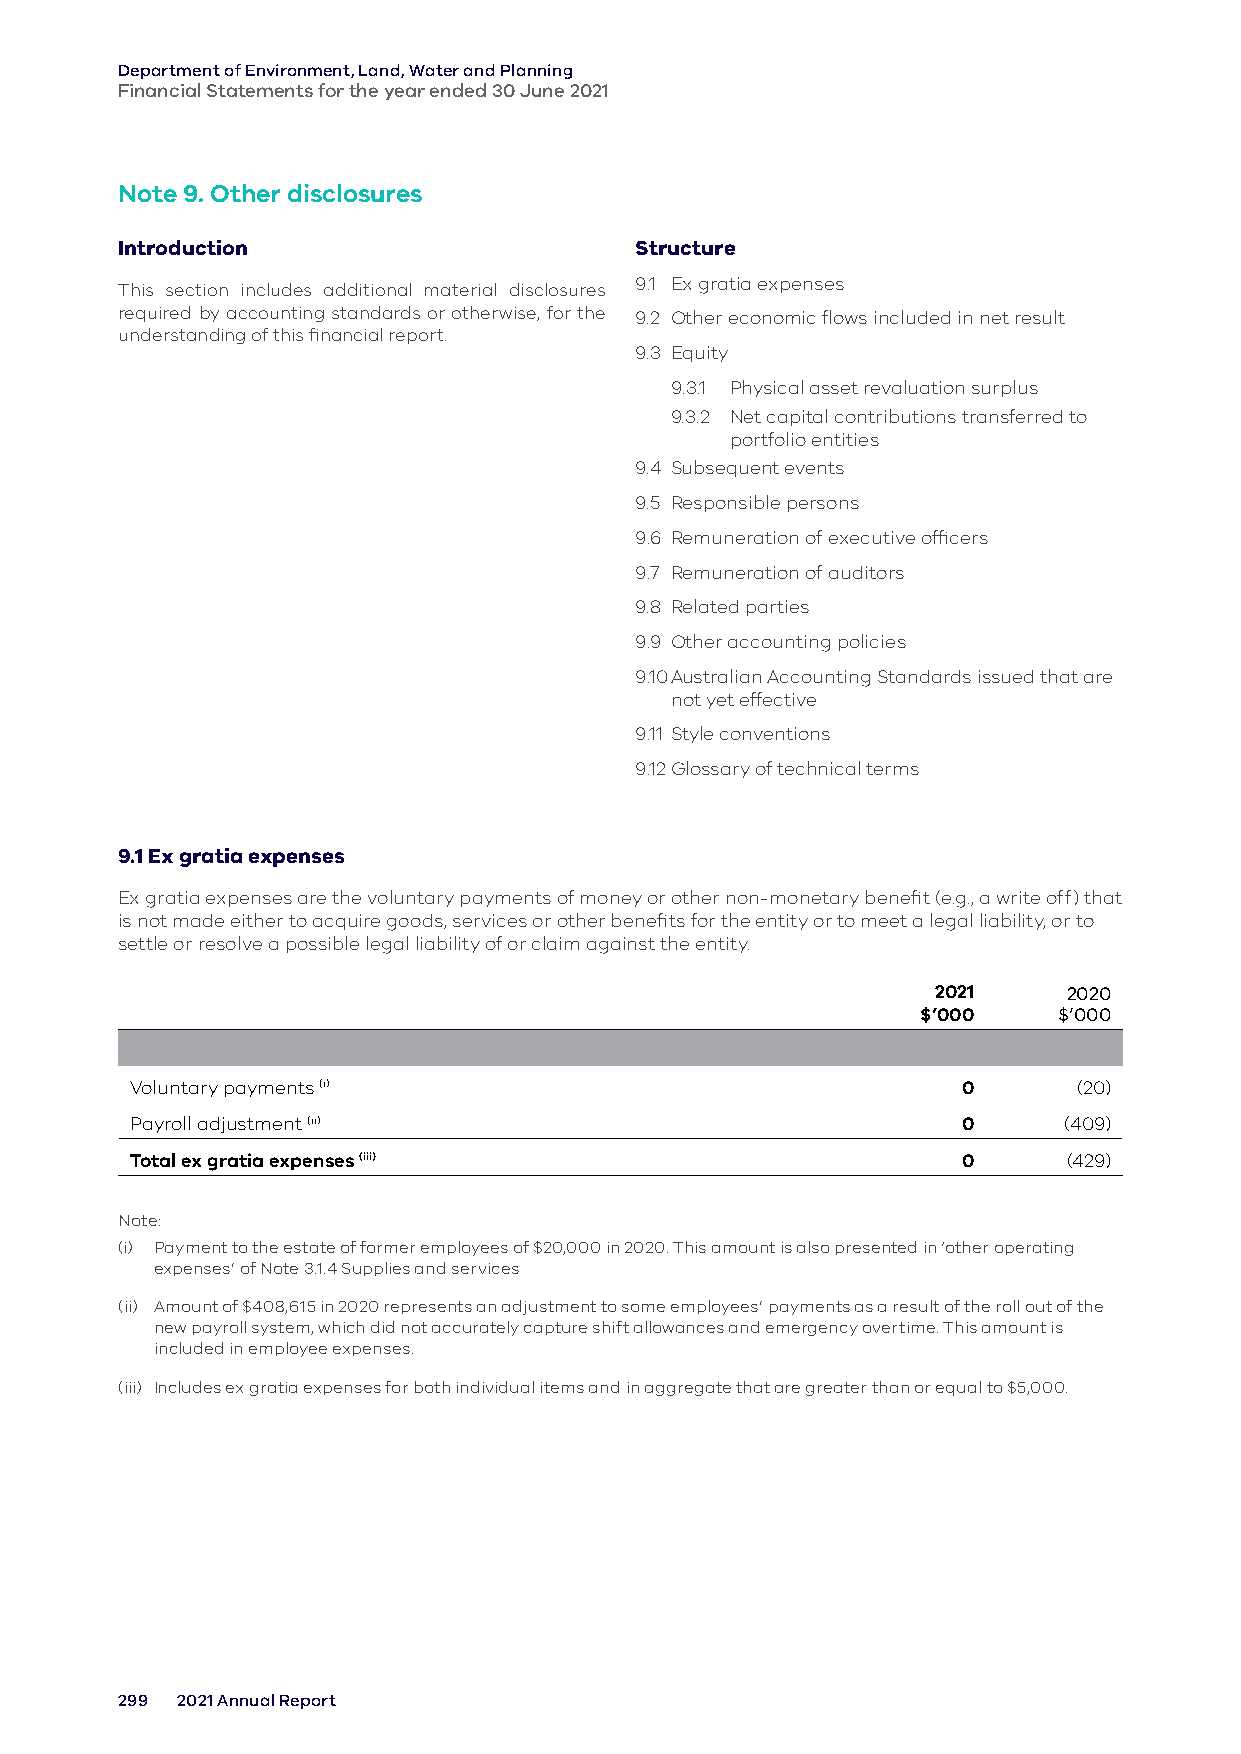
Department of Environment, Land, Water and Planning
 Financial Statements for the year ended 30 June 2021
 Note 9. Other disclosures
 Introduction                      Structure
 9.1 Ex gratia expenses
 This section includes additional material disclosures
 required by accounting standards or otherwise, for the 9.2 Other economic flows included in net result
 understanding of this financial report.
 9.3 Equity
 9.3.1 Physical asset revaluation surplus
 9.3.2 Net capital contributions transferred to
 portfolio entities
 9.4 Subsequent events
 9.5 Responsible persons
 9.6 Remuneration of executive officers
 9.7 Remuneration of auditors
 9.8 Related parties
 9.9 Other accounting policies
 9.10 Australian Accounting Standards issued that are
 not yet effective
 9.11 Style conventions
 9.12 Glossary of technical terms
 9.1 Ex gratia expenses
 Ex gratia expenses are the voluntary payments of money or other non-monetary benefit (e.g., a write off) that
 is not made either to acquire goods, services or other benefits for the entity or to meet a legal liability, or to
 settle or resolve a possible legal liability of or claim against the entity.
 2021     2020
 $’000    $’000
 Voluntary payments (i)                                 0      (20)
 Payroll adjustment (ii)                                0     (409)
 Total ex gratia expenses (iii)                         0      (429)
 Note:
 (i) Payment to the estate of former employees of $20,000 in 2020. This amount is also presented in ‘other operating
 expenses’ of Note 3.1.4 Supplies and services
 (ii) Amount of $408,615 in 2020 represents an adjustment to some employees’ payments as a result of the roll out of the
 new payroll system, which did not accurately capture shift allowances and emergency overtime. This amount is
 included in employee expenses.
 (iii) Includes ex gratia expenses for both individual items and in aggregate that are greater than or equal to $5,000.
 299 2021 Annual Report